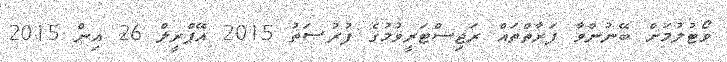
ވޯޓުލުމަށް ބޭނުންވާ ފަރާތްތައް ރަޖިސްޓަރީވުމުގެ ފުރުޞަތު 2015 އޭޕްރީލް 26 އިން 2015